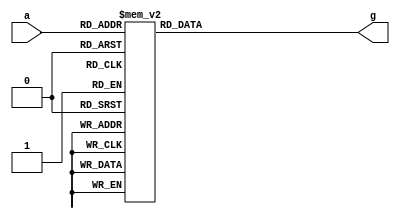
module binary2gray(
    input [3:0] a,
    output [3:0] g
    );
    
reg [3:0] g;
always @(*) begin
    case(a)
        4'd0: g <= 4'b0000;
        4'd1: g <= 4'b0001;
        4'd2: g <= 4'b0011;
        4'd3: g <= 4'b0010;
        4'd4: g <= 4'b0110;
        4'd5: g <= 4'b0111;
        4'd6: g <= 4'b0101;
        4'd7: g <= 4'b0100;
        4'd8: g <= 4'b1100;
        4'd9: g <= 4'b1101;
        4'd10: g <= 4'b1111;
        4'd11: g <= 4'b1110;
        4'd12: g <= 4'b1010;
        4'd13: g <= 4'b1011;
        4'd14: g <= 4'b1001;
        4'd15: g <= 4'b1000;
        default: g <= 4'b1111;
    endcase 
end
    
endmodule